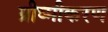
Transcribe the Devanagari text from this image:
ग्रीष्मीकरण